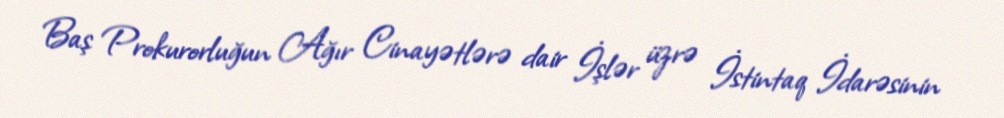
Baş Prokurorluğun Ağır Cinayətlərə dair İşlər üzrə İstintaq İdarəsinin